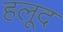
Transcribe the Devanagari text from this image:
हलूद